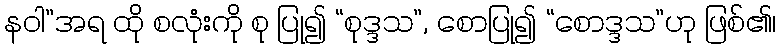
နဝါ”အရ ထို စလုံးကို စု ပြု၍ “စုဒ္ဒသ”, စောပြု၍ “စောဒ္ဒသ”ဟု ဖြစ်၏၊